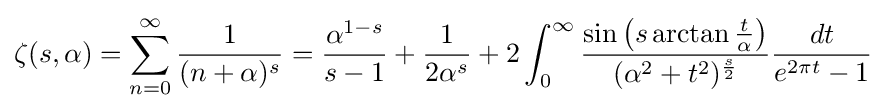
\zeta (s,\alpha )=\sum _{n=0}^{\infty }{\frac {1}{(n+\alpha )^{s}}}={\frac {\alpha ^{1-s}}{s-1}}+{\frac {1}{2\alpha ^{s}}}+2\int _{0}^{\infty }{\frac {\sin \left(s\arctan {\frac {t}{\alpha }}\right)}{(\alpha ^{2}+t^{2})^{\frac {s}{2}}}}{\frac {dt}{e^{2\pi t}-1}}